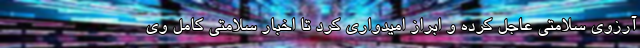
آرزوی سلامتی عاجل کرده و ابراز امیدواری کرد تا اخبار سلامتی کامل وی